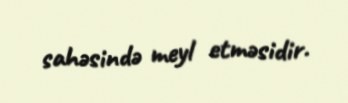
sahəsində meyl etməsidir.